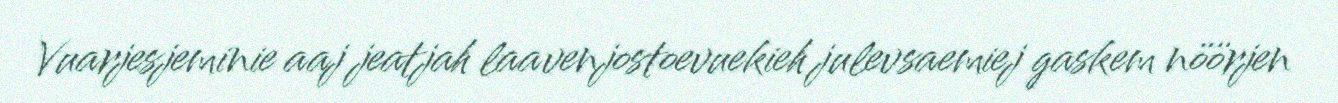
Vuarjesjeminie aaj jeatjah laavenjostoevuekieh julevsaemiej gaskem nöörjen